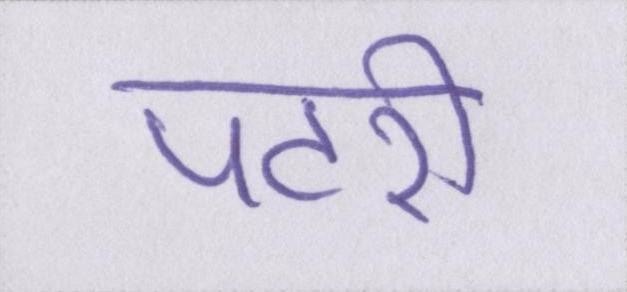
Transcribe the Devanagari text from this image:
पटरी